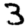
Digit: 3